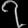
Digit: ၇